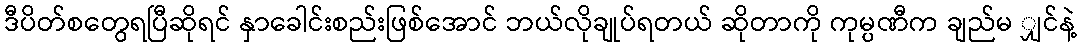
ဒီပိတ်စတွေရပြီဆိုရင် နှာခေါင်းစည်းဖြစ်အောင် ဘယ်လိုချုပ်ရတယ် ဆိုတာကို ကုမ္ပဏီက ချည်မ ျှင်နဲ့